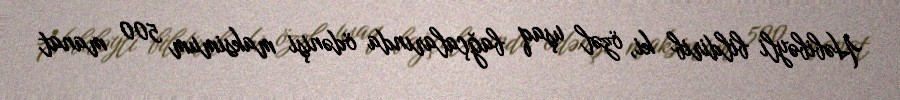
Həbibəyli bildirib ki, özəl uşaq bağçalarında ödənişi maksimum 500 manat